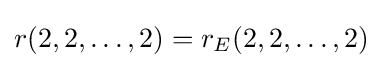
r(2,2,\ldots ,2)=r_{E}(2,2,\ldots ,2)